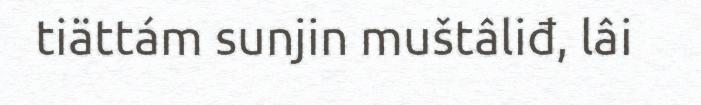
tiättám sunjin muštâliđ, lâi